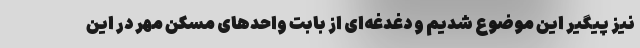
نیز پیگیر این موضوع شدیم و دغدغه‌ای از بابت واحدهای مسکن مهر در این